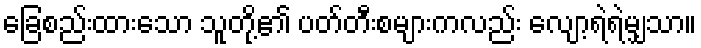
ခြေစည်းထားသော သူတို့၏ ပတ်တီးစများကလည်း လျော့ရဲရဲမျှသာ။